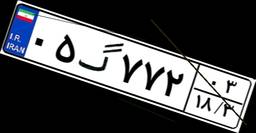
۰۵گ۷۷۲۰۳